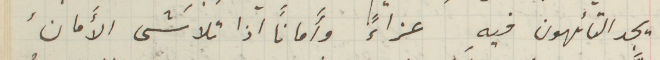
يجد التائهون فيهِ عزاءً وأماناً اذا تلاشَى الأَمانُ،